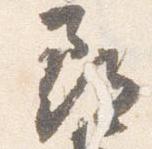
尋